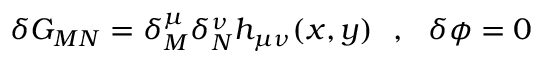
\delta G _ { M N } = \delta _ { M } ^ { \mu } \delta _ { N } ^ { \nu } h _ { \mu \nu } ( x , y ) \, \, \, \, , \, \, \, \, \delta \phi = 0